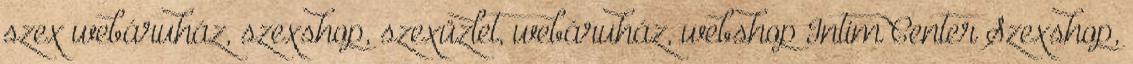
szex webáruház, szexshop, szexüzlet, webáruház, webshop Intim Center Szexshop,